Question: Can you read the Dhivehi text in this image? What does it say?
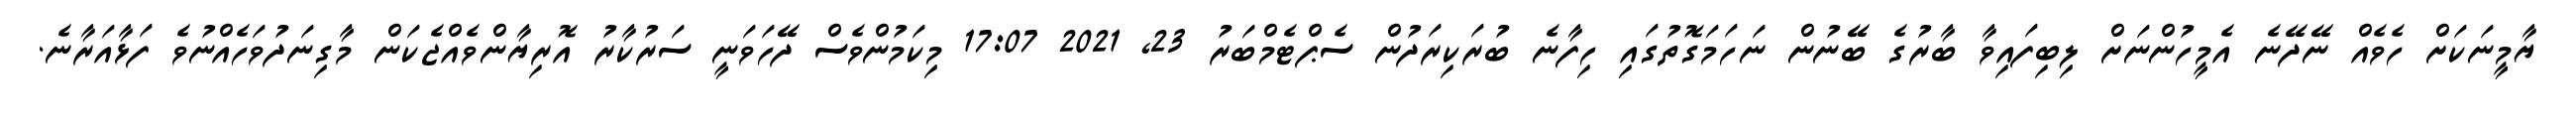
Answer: ޔާމީނަކަށް ހެވެއް ނޭދޭނެ އެމީހުންނަށް ލިބިފައިވާ ބާރުގެ ބޭނުން ނަހަމަގޮތުގައި ހިފާނެ ބުރަކިރަދުން ސެޕްޓެމްބަރު 23, 2021 17:07 މިކަމުންވެސް ދޭހަވަނީ ސަރުކާރު އޮރިޔާންވެއްޖެކަން މާގިނަދުވަހެއްނުވެ ފަޅާއަރާނެ.